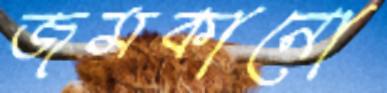
জমকানো